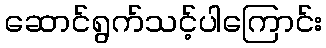
ဆောင်ရွက်သင့်ပါကြောင်း